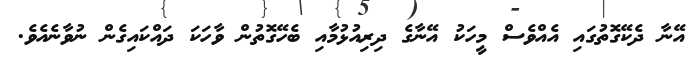
އޭނާ ދެކޭގޮތުގައި އެއްވެސް މީހަކު އޭނާގެ ދިރިއުޅުމާއި ބެހޭގޮތުން ވާހަކަ ދައްކައިގެން ނުވާނެއެވެ.